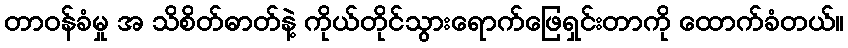
တာဝန်ခံမှု အ သိစိတ်ဓာတ်နဲ့ ကိုယ်တိုင်သွားရောက်ဖြေရှင်းတာကို ထောက်ခံတယ်။